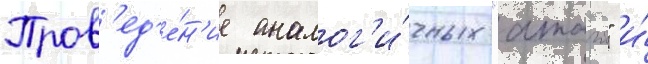
Пров'ед'е́н'ие аналог'и́чных "атаго" и́